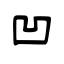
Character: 凹